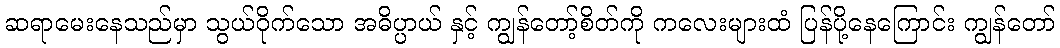
ဆရာမေးနေသည်မှာ သွယ်ဝိုက်သော အဓိပ္ပာယ် နှင့် ကျွန်တော့်စိတ်ကို ကလေးများထံ ပြန်ပို့နေကြောင်း ကျွန်တော်